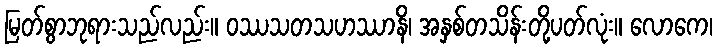
မြတ်စွာဘုရားသည်လည်း။ ဝဿသတသဟဿာနိ၊ အနှစ်တသိန်းတို့ပတ်လုံး။ လောကေ၊